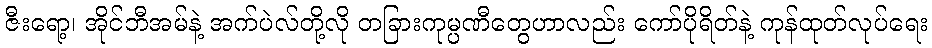
ဇီးရော့၊ အိုင်ဘီအမ်နဲ့ အက်ပဲလ်တို့လို တခြားကုမ္ပဏီတွေဟာလည်း ကော်ပိုရိတ်နဲ့ ကုန်ထုတ်လုပ်ရေး